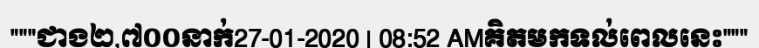
"""ជាង២,៧០០នាក់27-01-2020 | 08:52 AMគិតមកទល់ពេលនេះ"""